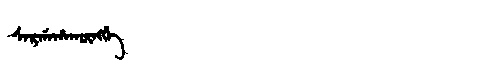
Manchu: ᠰᠠᡵᡤᠠᡥᠠᡴᡡᠩᡤᡝ
Romanization: SARGAHAKŪNGGE